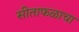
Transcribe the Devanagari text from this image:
सीताफळाचा